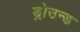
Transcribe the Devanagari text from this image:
ड्रोउन्ड